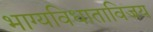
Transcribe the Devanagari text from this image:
भाग्यविधाताविजय